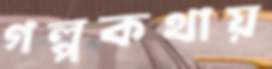
গল্পকথায়